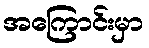
အကြောင်းမှာ